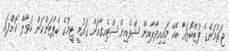
ޖަރުމަންގެ ފުޓްބޯޅައާ ބެހޭ މައިއިދާރާއިން ޝްވެއިންސްޓެއިގާއަށް ގައުމީ ޓީމުގެ ކެޕްޓަންކަން ހަވާލް ކޮށްފައި